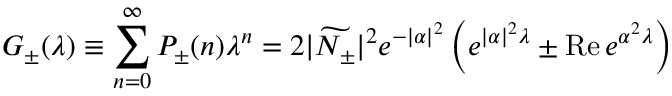
G _ { \pm } ( \lambda ) \equiv \sum _ { n = 0 } ^ { \infty } P _ { \pm } ( n ) \lambda ^ { n } = 2 | \widetilde { N _ { \pm } } | ^ { 2 } e ^ { - | \alpha | ^ { 2 } } \left( e ^ { | \alpha | ^ { 2 } \lambda } \pm \mathrm { R e } \, e ^ { \alpha ^ { 2 } \lambda } \right)